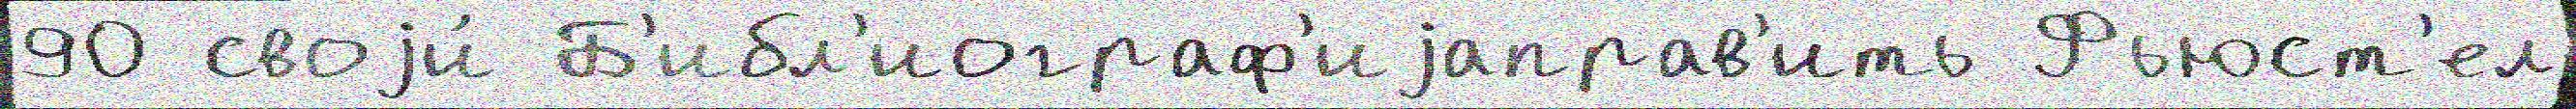
90 своjи́ Б'ибл'иограф'иjаправ'ить Фьюст'ел